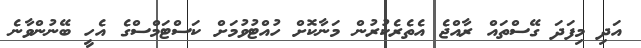
އަދި މިފަދަ ގޭސްތައް ރާއްޖެ އެތެރެކުރުން މަނާކޮށް ހުއްޓުވުމަށް ކަސްޓަމްސްގެ އެހީ ބޭނުންވާނެ